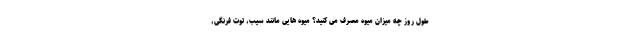
طول روز چه میزان میوه مصرف می کنید؟ میوه هایی مانند سیب، توت فرنگی،